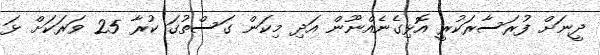
ދީނަށް ފުރަސާރަކުރީ އޮޅިގެނެއްނޫން އަދި މިކަން ގަސްތުގަ ކުރާ 25 ވަރަކަށް ޅަ